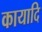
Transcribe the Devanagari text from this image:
कायादि